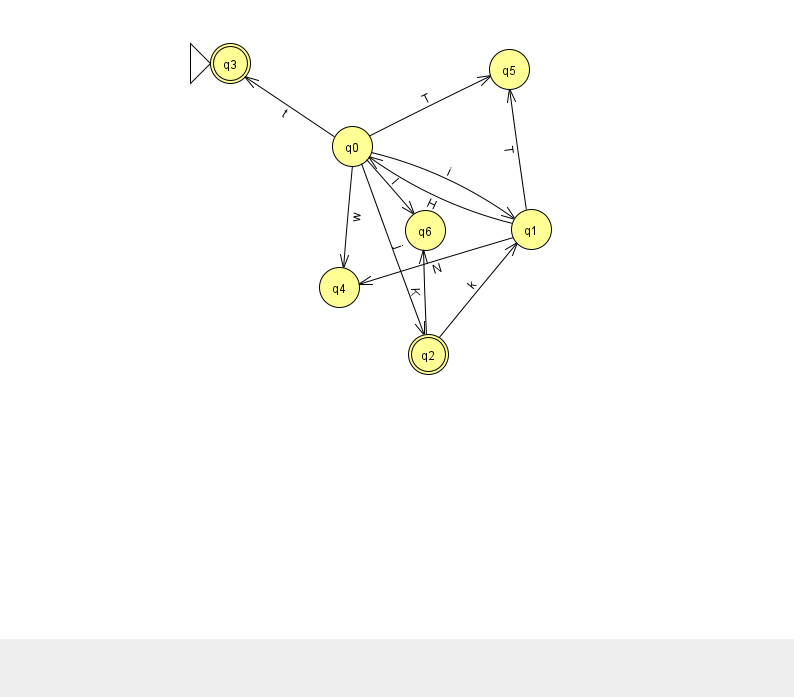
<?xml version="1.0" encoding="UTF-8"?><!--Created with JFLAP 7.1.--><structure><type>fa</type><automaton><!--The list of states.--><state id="0" name="q0"><x>352.0</x><y>133.0</y></state><state id="1" name="q1"><x>531.0</x><y>216.0</y></state><state id="2" name="q2"><x>428.0</x><y>341.0</y><final/></state><state id="3" name="q3"><x>230.0</x><y>50.0</y><initial/><final/></state><state id="4" name="q4"><x>339.0</x><y>274.0</y></state><state id="5" name="q5"><x>509.0</x><y>56.0</y></state><state id="6" name="q6"><x>425.0</x><y>217.0</y></state><!--The list of transitions.--><transition><from>0</from><to>2</to><read>j</read></transition><transition><from>0</from><to>6</to><read>l</read></transition><transition><from>2</from><to>1</to><read>k</read></transition><transition><from>0</from><to>3</to><read>t</read></transition><transition><from>0</from><to>4</to><read>w</read></transition><transition><from>0</from><to>5</to><read>T</read></transition><transition><from>1</from><to>0</to><read>H</read></transition><transition><from>1</from><to>5</to><read>T</read></transition><transition><from>0</from><to>1</to><read>i</read></transition><transition><from>2</from><to>6</to><read>K</read></transition><transition><from>1</from><to>4</to><read>N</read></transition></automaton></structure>